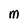
Character: M